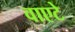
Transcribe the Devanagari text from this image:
वाएटे